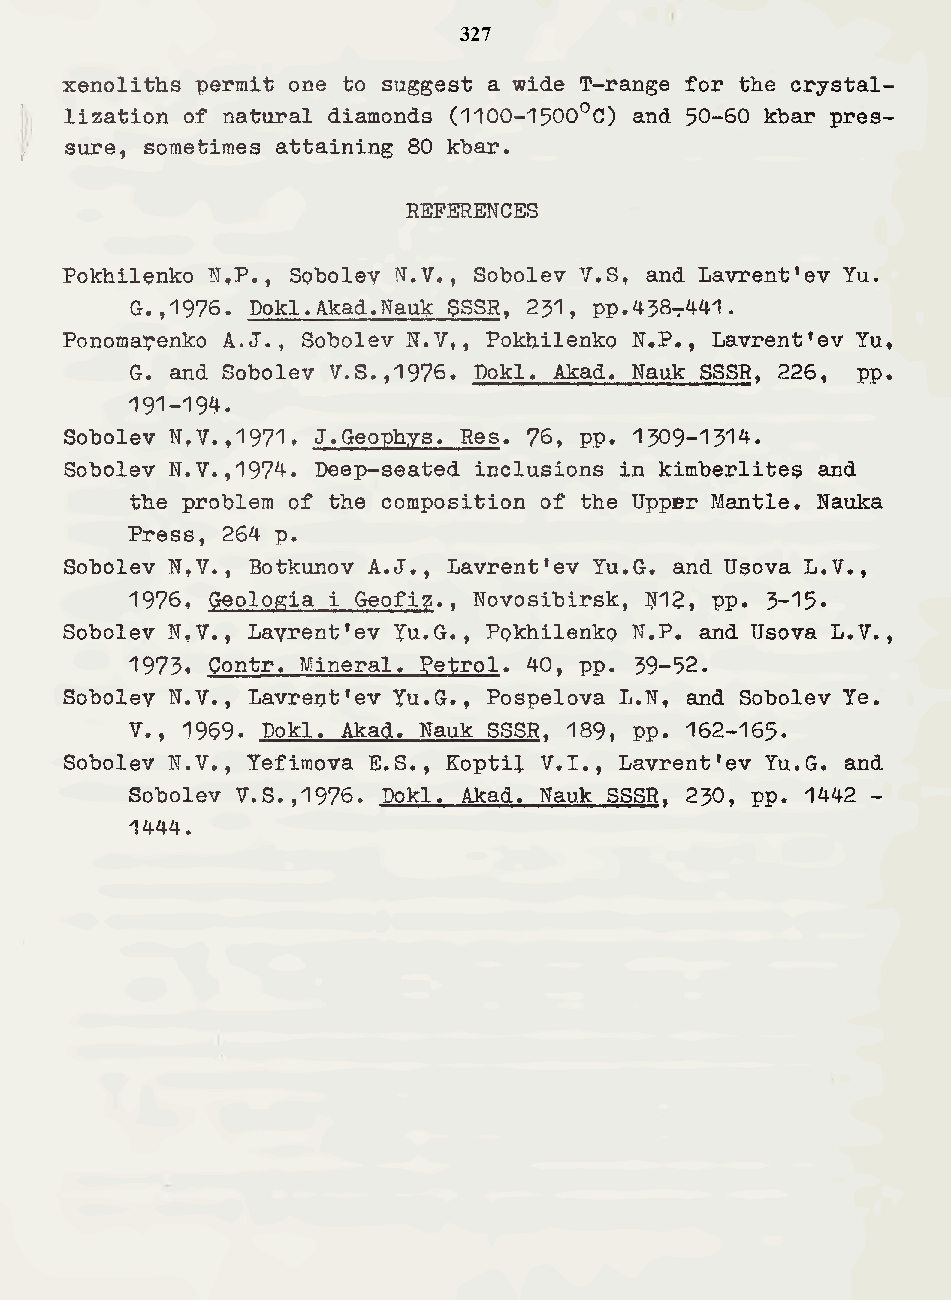
327
 xenoliths permit one to suggest a wide T-range for the crystal¬
 lization of natural diamonds (1100-1500^0) and 50-60 khar pres¬
 sure, sometimes attaining 80 kbar.
 REFERENCES
 Pokhilenko N,P., Spboley N.V., Sobolev V.S, and Lavrent’ev Yu.
 G.,1976. Dokl.Akad.Nauk SSSR, 251, PP.458t441.
 Ponomapenko A.J., Sobolev N.V,, Pokhilenko N.P., Lavrent’ev Yu,
 G. and Sobolev V.S.,1976. Dokl. Akad. Nauk SSSR, 226, pp.
 191-194.
 Sobolev N,V.,1971f J«Geophys. Res. 76, pp. 1509-1314.
 Sobolev N.V.,1974. Deep-seated inclusions in kimberlites and
 the problem of the composition of the Upper Mantle. Nauka
 Press, 264 p.
 Sobolev N,V., Botkunov A.J., Lavrent’ev Yu.G. and Usova L,V.,
 1976, Geologia i Geofig., Novosibirsk, U12, PP. 3-15.
 Sobolev N,V., Lavrent’ev Yu.G., Pokhilenko N.P. and Usova L.V.,
 1973» Contr. Mineral. Petrol. 40, pp. 59-32.
 Sobolev N.V., Lavrept’ev Yu.G., Pospelova L.N, and Sobolev Ye.
 V., 1969. Dokl. Akad. Nauk SSSR, 189, PP. 162-165.
 Sobolev N.V., Yefimova E.S., Eoptil V.I., Lavrent’ev Yu.G. and
 Sobolev V.S.,1976. Dokl. Akad. Nauk SSSR. 250, pp. 1442 -
 1444.